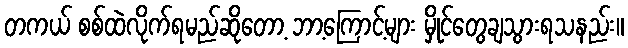
တကယ် စစ်ထဲလိုက်ရမည်ဆိုတော့ ဘာ့ကြောင့်များ မှိုင်တွေချသွားရသနည်း။